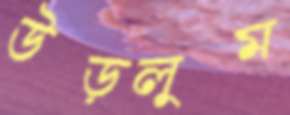
উপ্‌ড়লুম